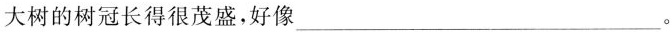
大树的树冠长得很茂盛，好像___。